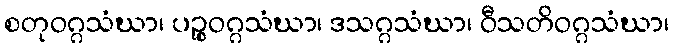
စတုဝဂ္ဂသံဃာ၊ ပဉ္စဝဂ္ဂသံဃာ၊ ဒသဂ္ဂသံဃာ၊ ဝီသတိဝဂ္ဂသံဃာ၊